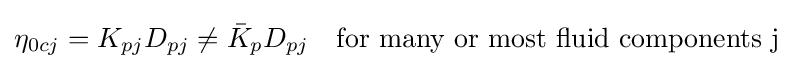
\eta _{0cj}=K_{pj}D_{pj}\neq {\bar {K}}_{p}D_{pj}\quad {\text{for many or most fluid components j }}